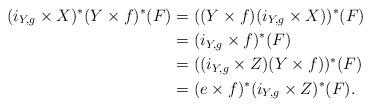
LaTeX: \begin{align*}(i_{Y,g} \times X)^{*}(Y \times f)^{*}(F)&= ((Y \times f)(i_{Y,g} \times X))^{*}(F)\\&=(i_{Y,g} \times f)^{*}(F)\\&=((i_{Y,g} \times Z)(Y \times f))^{*}(F)\\&=(e \times f)^{*}(i_{Y,g} \times Z)^{*}(F).\end{align*}